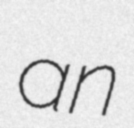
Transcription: an